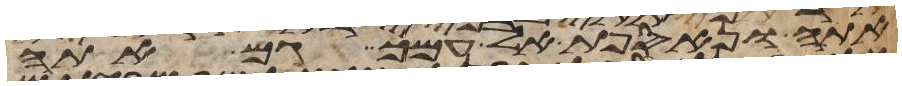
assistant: אתה ונאספת אל עמך גם אתה